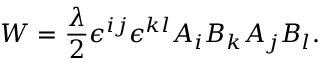
W = \frac { \lambda } { 2 } \epsilon ^ { i j } \epsilon ^ { k l } A _ { i } B _ { k } A _ { j } B _ { l } .